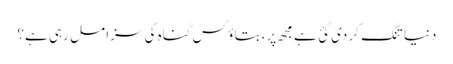
دنیا تنگ کر دی گئ ہے مجھ پر، بتاؤ کس گناہ کی سزا مل رہی ہے؟